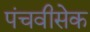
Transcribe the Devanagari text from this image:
पंचवीसेक